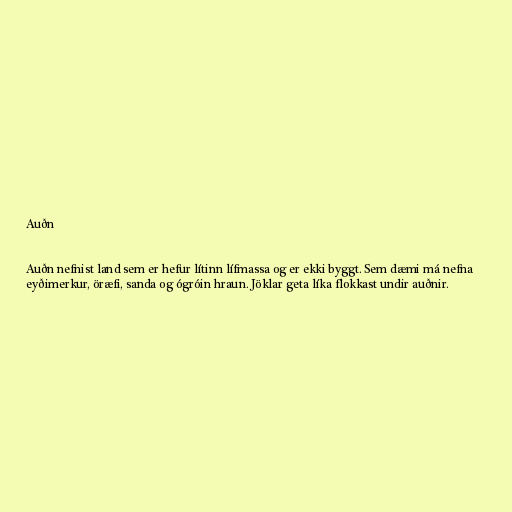
Auðn

Auðn nefnist land sem er hefur lítinn lífmassa og er ekki byggt. Sem dæmi má nefna
eyðimerkur, öræfi, sanda og ógróin hraun. Jöklar geta líka flokkast undir auðnir.